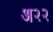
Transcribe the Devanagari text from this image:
अ२२